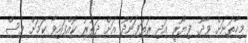
މިހާތަނަށް ވާދޫ